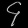
Digit: ၄